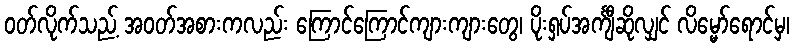
ဝတ်လိုက်သည့် အဝတ်အစားကလည်း ကြောင်ကြောင်ကျားကျားတွေ၊ ပိုးရှပ်အင်္ကျီဆိုလျှင် လိမ္မော်ရောင်မှ၊